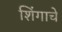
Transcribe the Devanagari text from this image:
शिंगाचे